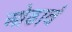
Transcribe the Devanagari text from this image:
ओढावं